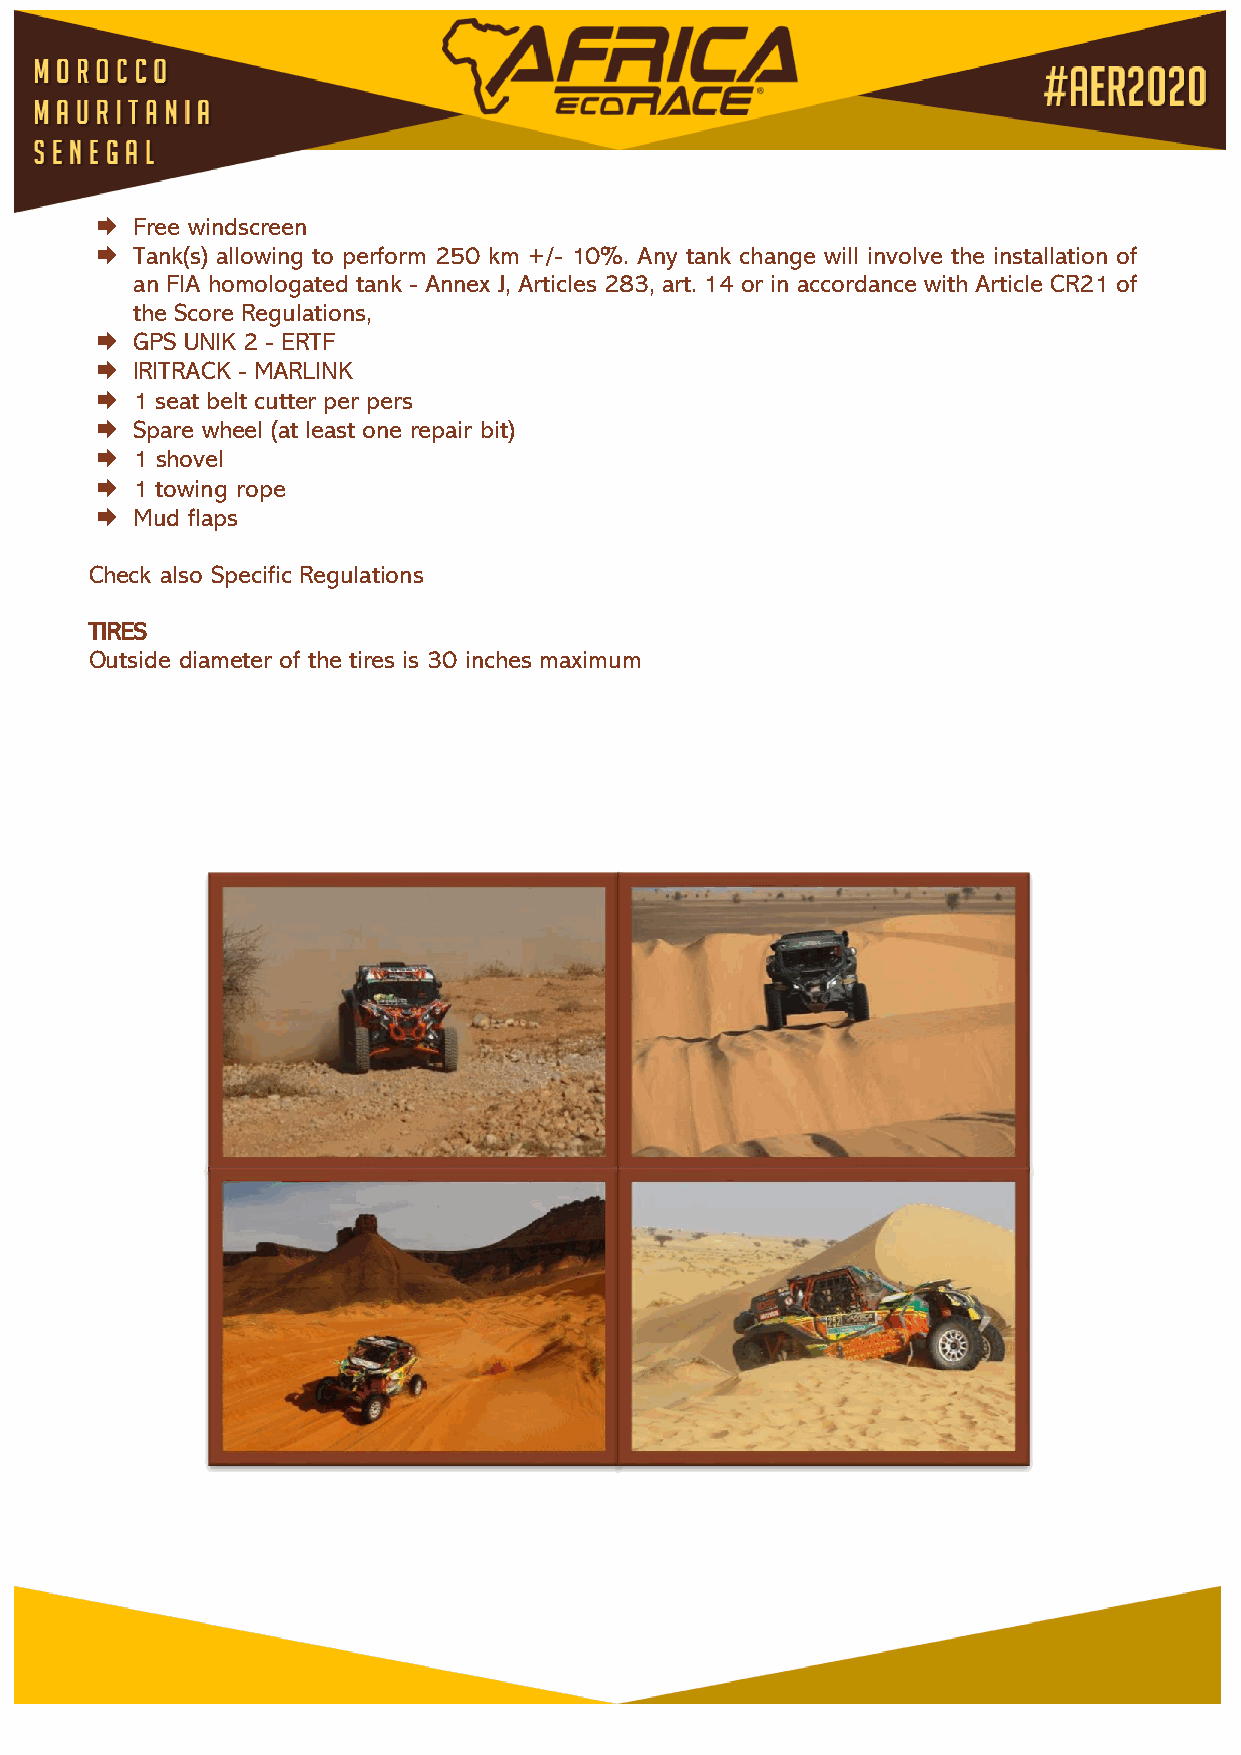
  Free windscreen
   Tank(s) allowing to perform 250 km +/- 10%. Any tank change will involve the installation of
 an FIA homologated tank - Annex J, Articles 283, art. 14 or in accordance with Article CR21 of
 the Score Regulations,
   GPS UNIK 2 - ERTF
   IRITRACK - MARLINK
   1 seat belt cutter per pers
   Spare wheel (at least one repair bit)
   1 shovel
   1 towing rope
   Mud flaps
 Check also Specific Regulations
 TIRES
 Outside diameter of the tires is 30 inches maximum